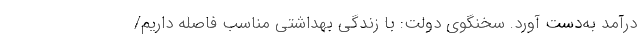
درآمد به‌دست آورد. سخنگوی دولت: با زندگی بهداشتی مناسب فاصله داریم/